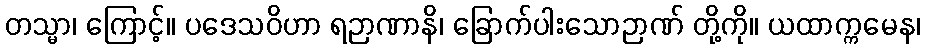
တသ္မာ၊ ကြောင့်။ ပဒေသဝိဟာ ရဉာဏာနိ၊ ခြောက်ပါးသောဉာဏ် တို့ကို။ ယထာက္ကမေန၊